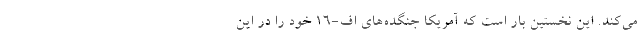
می‌کند. این نخستین بار است که آمریکا جنگده‌های اف-۱۶ خود را در این